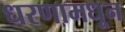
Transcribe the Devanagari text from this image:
धरणामधून